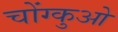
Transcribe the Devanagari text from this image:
चोंग्कुओ